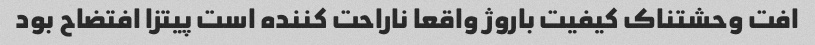
افت وحشتناک کیفیت باروژ واقعا ناراحت کننده است پیتزا افتضاح بود